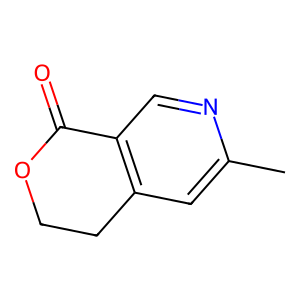
SMILES: Cc1cc2c(cn1)C(=O)OCC2
Inhibits HIV replication: No